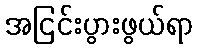
အငြင်းပွားဖွယ်ရာ